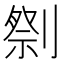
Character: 𱐢